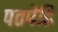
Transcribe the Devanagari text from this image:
पतपेढि